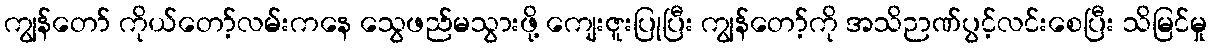
ကျွန်တော် ကိုယ်တော့်လမ်းကနေ သွေဖည်မသွားဖို့ ကျေးဇူးပြုပြီး ကျွန်တော့်ကို အသိဉာဏ်ပွင့်လင်းစေပြီး သိမြင်မှု